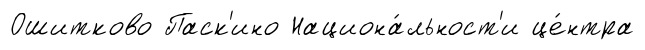
Ошитково Паск'ино Национа́льност'и це́нтра